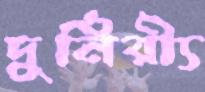
দুর্নিরী্য